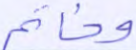
وخاتم